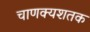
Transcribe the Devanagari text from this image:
चाणक्यशतक